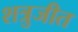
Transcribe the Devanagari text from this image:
शत्रुजीत